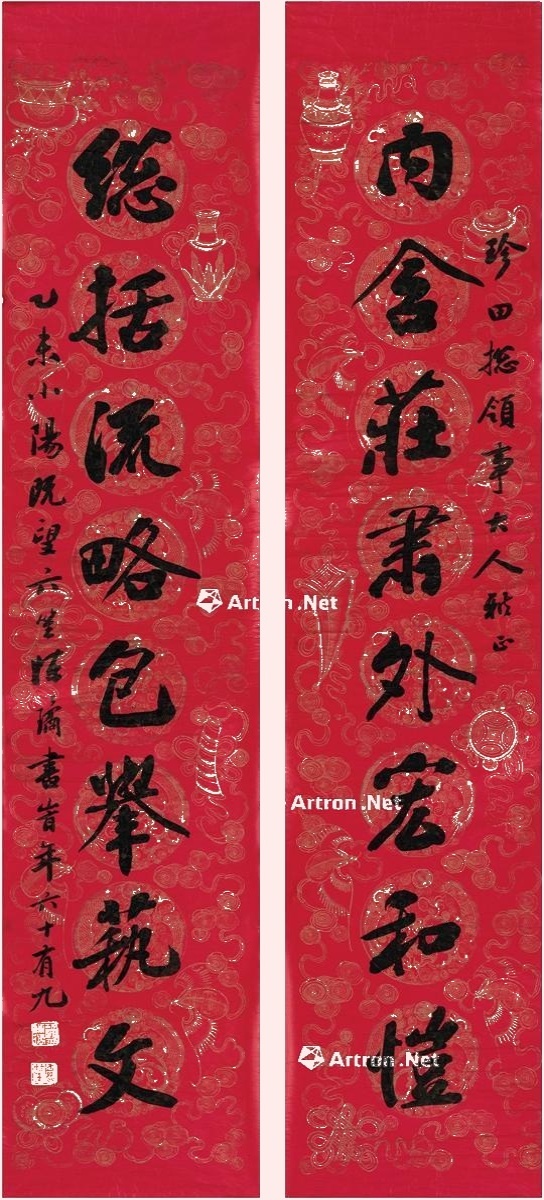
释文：内含庄肃外宏和恺，总括流略包举艺文。珍四总领事大人雅正，乙未小阳既望，六笙陈璚书，时年六十有九。